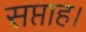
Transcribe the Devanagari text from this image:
सप्ताह।